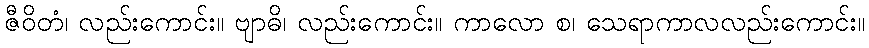
ဇီဝိတံ၊ လည်းကောင်း။ ဗျာဓိ၊ လည်းကောင်း။ ကာလော စ၊ သေရာကာလလည်းကောင်း။